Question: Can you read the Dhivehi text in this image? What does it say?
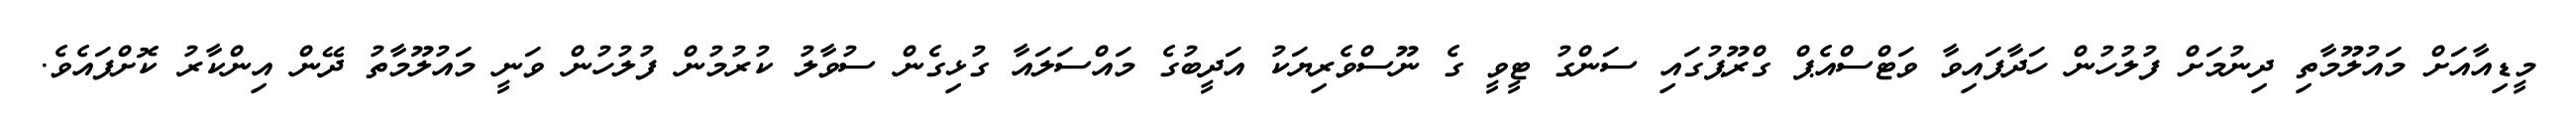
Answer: މީޑިއާއަށް މައުލޫމާތި ދިނުމަށް ފުލުހުން ހަދާފައިވާ ވަޓްސްއެޕް ގްރޫޕުގައި ސަންގު ޓީވީ ގެ ނޫސްވެރިޔަކު އަދީބުގެ މައްސަލައާ ގުޅިގެން ސުވާލު ކުރުމުން ފުލުހުން ވަނީ މައުލޫމާތު ދޭން އިންކާރު ކޮށްފައެވެ.